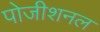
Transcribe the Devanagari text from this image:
पोजीशनल